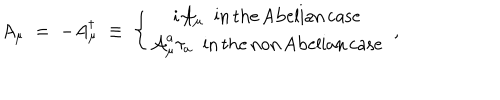
A _ { \mu } \; = \; - A _ { \mu } ^ { \dagger } \; \equiv \; \left\{ \begin{array} { c } { { i { \mathcal A } _ { \mu } \; \; \mathrm { i n \, t h e \, A b e l i a n \, c a s e } } } \\ { { { \mathcal A } _ { \mu } ^ { a } \tau _ { a } \; \; \mathrm { i n \, t h e \, n o n \, A b e l i a n \, c a s e } } } \\ \end{array} \right. \; ,